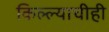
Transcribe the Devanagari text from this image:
किल्ल्याचीही